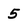
Character: 5